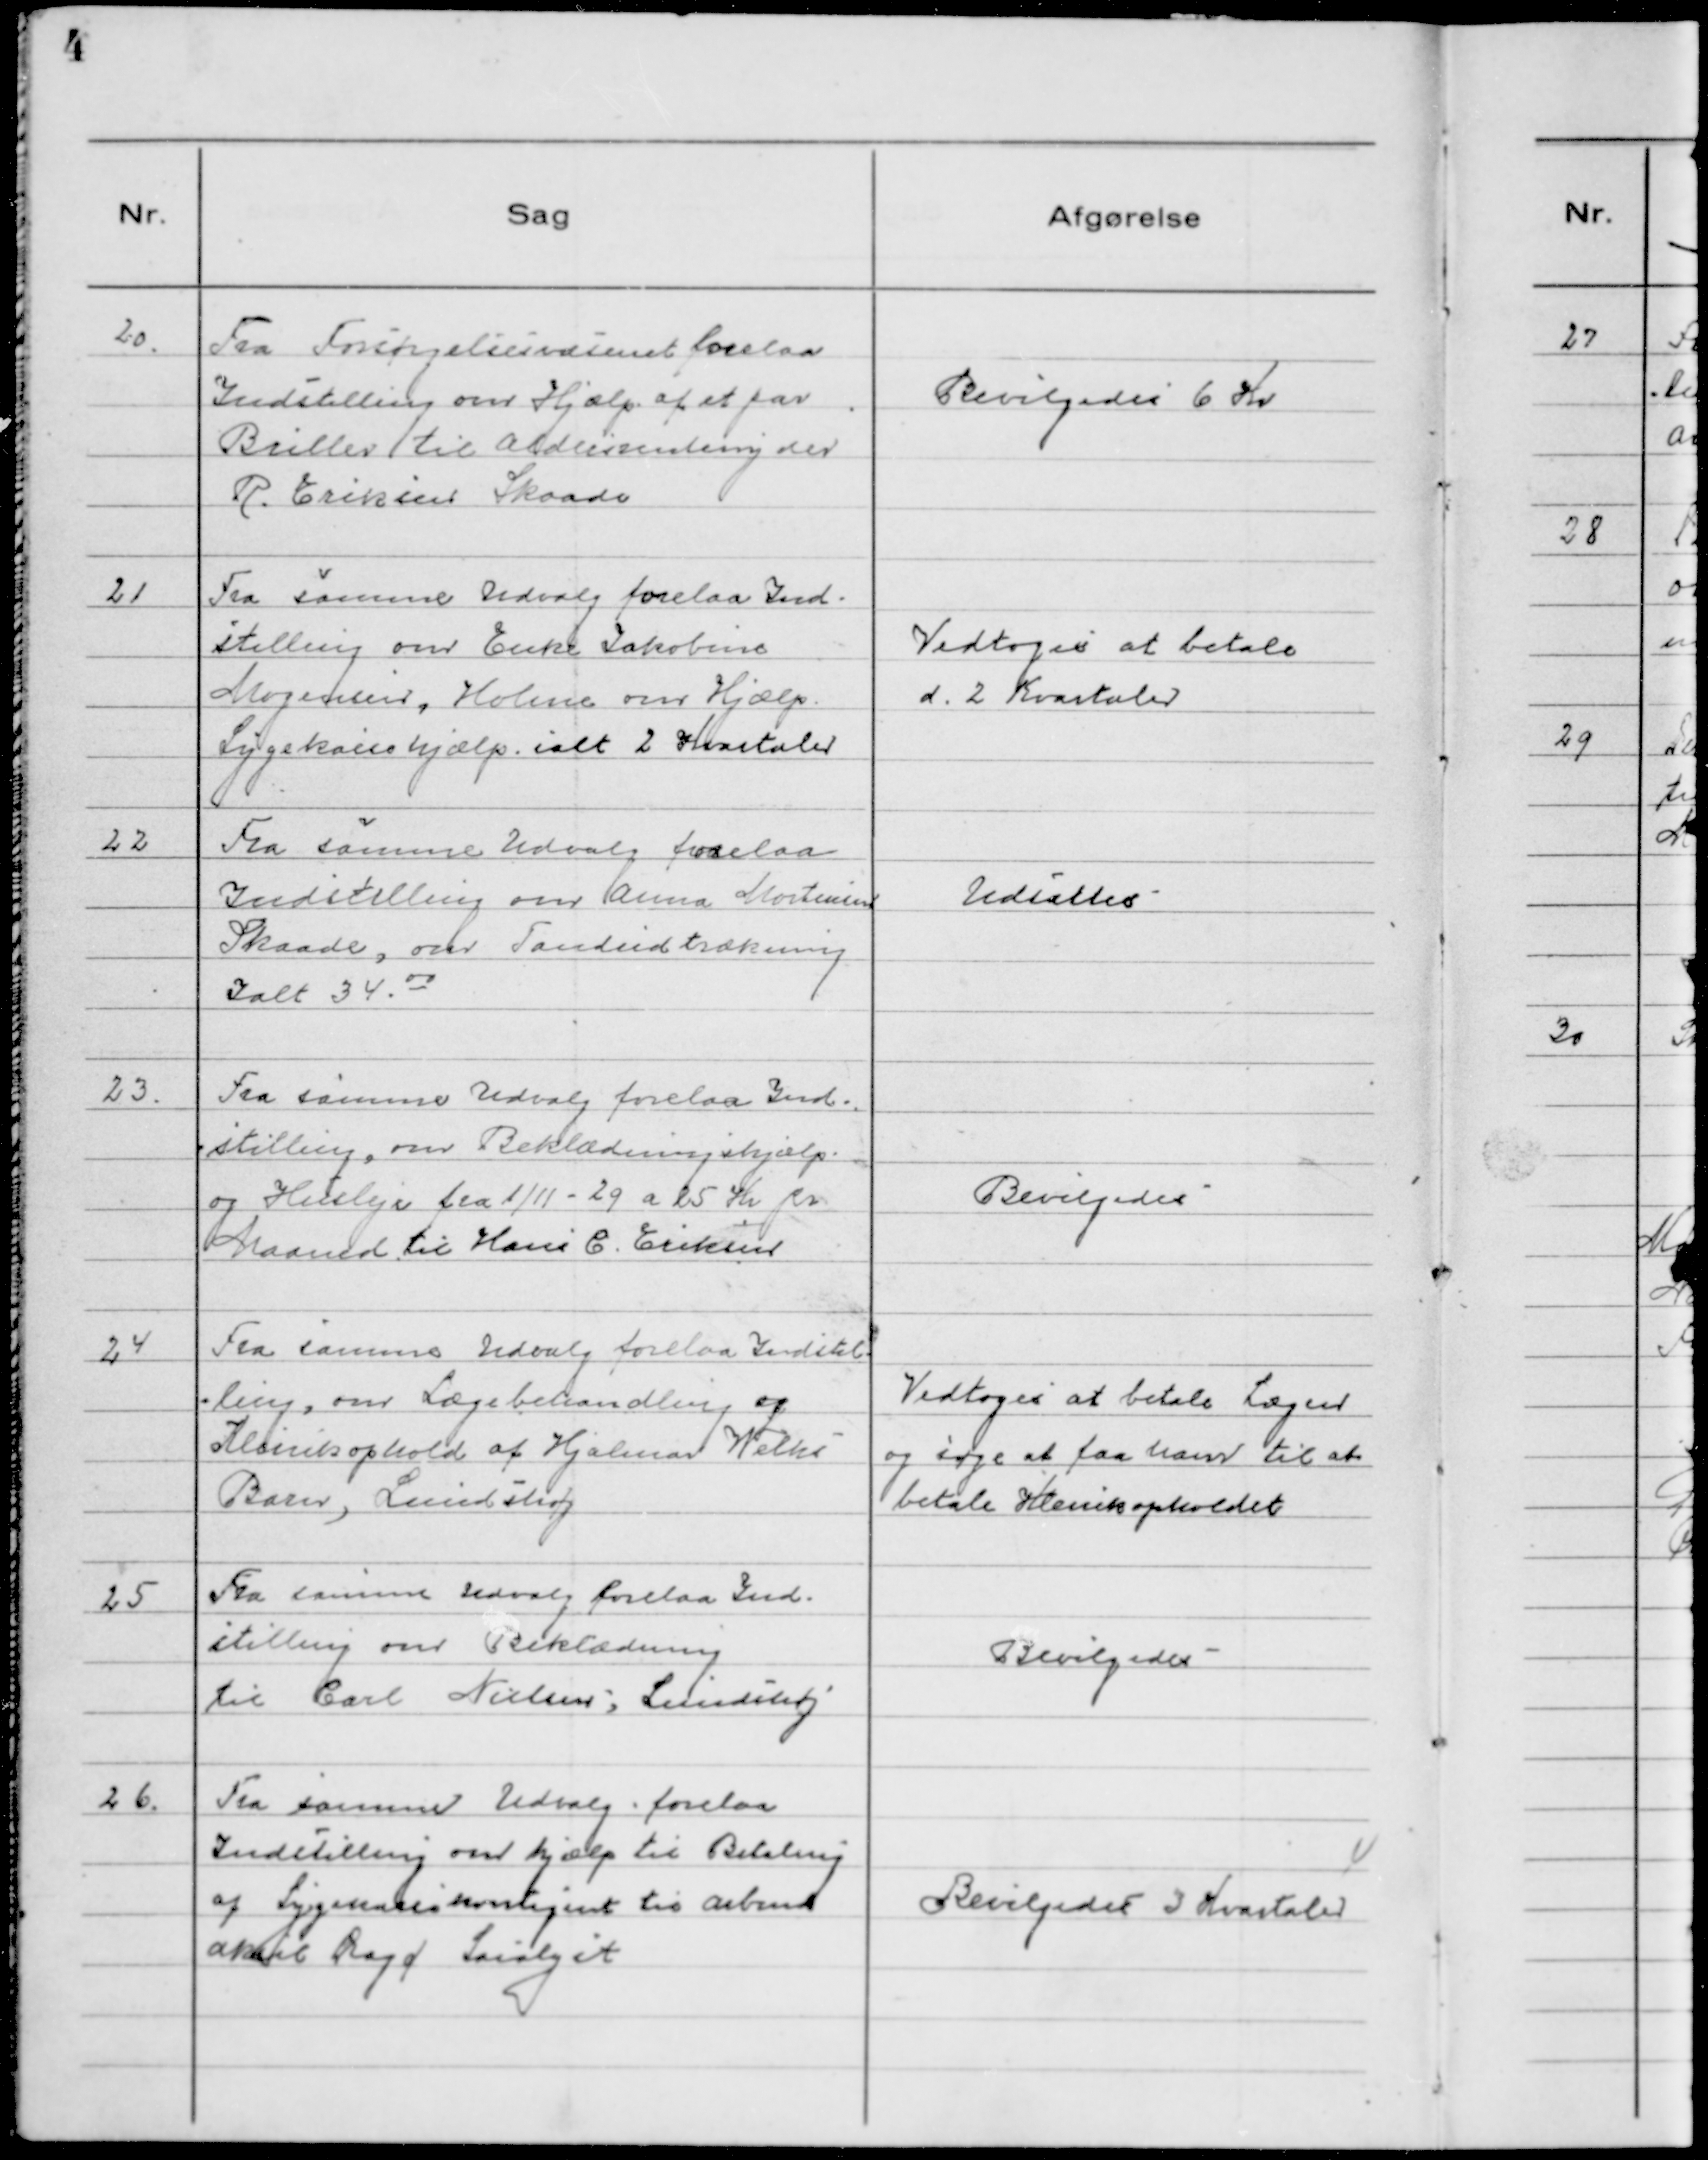
Transskription:
20. Fra Forsørgelsesvæsenet forelaa
Indstilling om Hjælp af et par
Briller til Aldersrentenyder
R. Eriksen Skaade

Bevilgedes 6 Kr

21 Fra samme Udvalg forelaa Ind-
stilling om Enke Jakobine
Mogensen, Holme om Hjælp.
Sygekassehjælp. ialt 2 Kvartaler

Vedtoges at betale
d. 2 Kvartaler

22 Fra samme Udvalg forelaa
Indstilling om Anna Mortensen
Skaade, om Tandudtrækning
Ialt 34.00

Udsattes

23. Fra samme Udvalg forelaa Ind-
stilling om Beklædningshjælp
og Husleje fra 1/11 - 29 a 25 Kr pr
Maaned til Hans E. Eriksen

Bevilgedes

24 Fra samme Udvalg forelaa Indstil-
ling, om Lægebehandling og
Klinikophold af Hjalmar Helks
Barn, Lundshøj

Vedtoges at betale Lægen
og søge at få ham til at
betale Klinikopholdet

25 Fra samme Udvalg forelaa Ind-
stilling om Beklædning
til Carl Nielsen; Lundshøj

Bevilgedes

26. Fra samme Udvalg forelaa
Indstilling om hjælp til Betaling
af Sygekassekontigent til arbmd.
Aksel Ragd Saralyst

Bevilgedes 3 Kvartaler